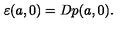
\varepsilon ( a , 0 ) = D p ( a , 0 ) .